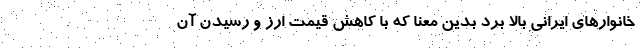
خانوارهاي ايراني بالا برد بدین معنا كه با كاهش قيمت ارز و رسيدن آن